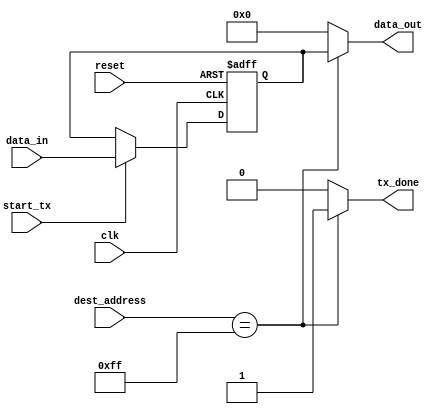
module ethernet_bus_controller (
    input wire clk,
    input wire reset,
    input wire [7:0] data_in,
    input wire start_tx,
    input wire [7:0] dest_address,
    output reg [7:0] data_out,
    output reg tx_done
);

// Timing control and synchronization blocks

reg [31:0] tx_timer;
reg [31:0] rx_timer;

// Clock generation module
always @(posedge clk or posedge reset) begin
    if (reset) begin
        tx_timer <= 0;
        rx_timer <= 0;
    end else begin
        tx_timer <= tx_timer + 1;
        rx_timer <= rx_timer + 1;
    end
end

// Data synchronization module
reg [7:0] synchronized_data;
always @(posedge clk or posedge reset) begin
    if (reset) begin
        synchronized_data <= 8'b0;
    end else if (start_tx) begin
        synchronized_data <= data_in;
    end
end

// Arbitration and contention resolution logic
always @(*) begin
    if (dest_address == 8'hFF) begin
        data_out = synchronized_data;
        tx_done = 1;
    end else begin
        data_out = 8'b0;
        tx_done = 0;
    end
end

endmodule